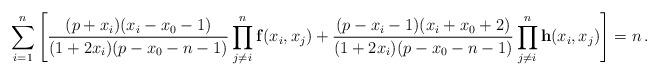
LaTeX: \begin{align*}\sum_{i=1}^{n}\left[\frac{(p+x_{i})(x_{i}-x_{0}-1)}{(1+2x_{i}) (p-x_{0}-n-1) }\prod_{j\neq i}^{n}\mathbf{f}(x_{i},x_{j})+\frac{(p-x_{i}-1)(x_{i}+x_{0}+2)}{(1+2x_{i} ) (p-x_{0}-n-1)}\prod_{j\neq i}^{n}\mathbf{h}(x_{i},x_{j})\right] & = n\,.\end{align*}